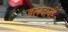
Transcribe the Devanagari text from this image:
डलवायी